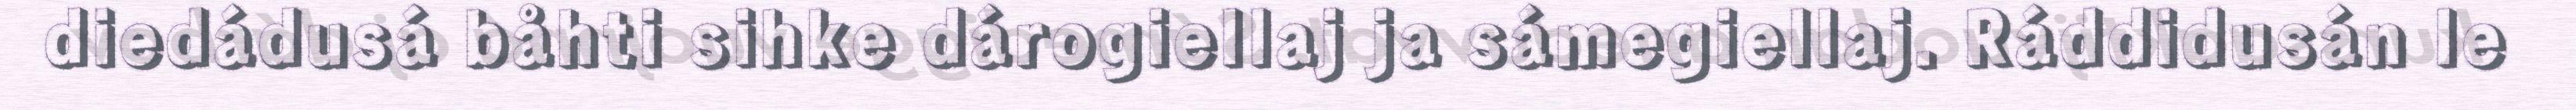
diedádusá båhti sihke dárogiellaj ja sámegiellaj. Ráddidusán le